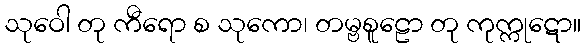
သုဝေါ တု ကီရော စ သုကော၊ တမ္ဗစူဠော တု ကုက္ကုဋော။